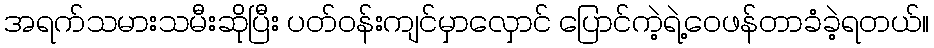
အရက်သမားသမီးဆိုပြီး ပတ်ဝန်းကျင်မှာလှောင် ပြောင်ကဲ့ရဲ့ဝေဖန်တာခံခဲ့ရတယ်။